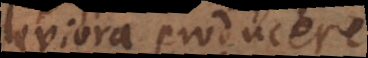
leviora producere